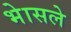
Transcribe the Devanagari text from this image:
भेासले